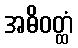
အဓိဝတ္ထံ